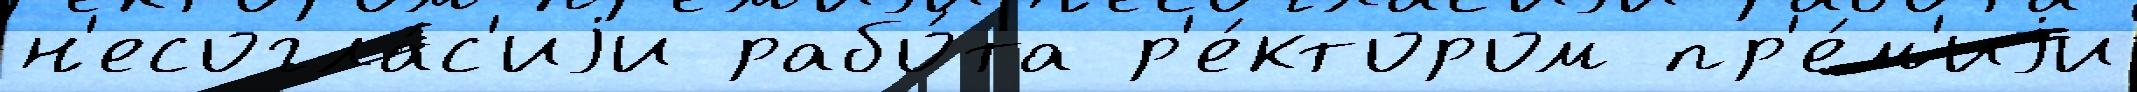
н'есогла́с'иjи рабо́та р'е́ктором пр'е́м'иjи